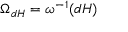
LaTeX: \Omega _ { d H } = \omega ^ { - 1 } ( d H )